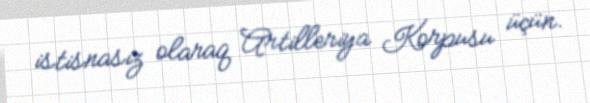
istisnasız olaraq Artilleriya Korpusu üçün.